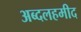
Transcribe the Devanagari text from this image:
अब्दलहमीद